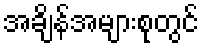
အချိန်အများစုတွင်